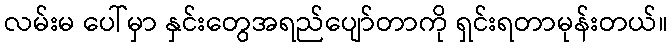
လမ်းမ ပေါ်မှာ နှင်းတွေအရည်ပျော်တာကို ရှင်းရတာမုန်းတယ်။